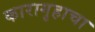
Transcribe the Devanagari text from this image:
कारागृहाचा